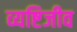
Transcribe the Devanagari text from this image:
व्यष्टिजीव